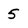
Character: 5